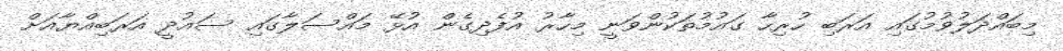
މިބައްދަލުވުމުގައި އަރަބި ހުރިހާ ގައުމުތަކުންވަނީ މިހާރު އުފެދިގެން އުޅޭ މައްސަލާގައި ސައުދީ އަރަބިއްޔާއަށް